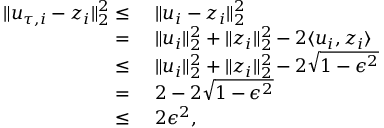
\begin{array} { r l } { \| u _ { \tau , i } - z _ { i } \| _ { 2 } ^ { 2 } \leq } & { ~ \| u _ { i } - z _ { i } \| _ { 2 } ^ { 2 } } \\ { = } & { ~ \| u _ { i } \| _ { 2 } ^ { 2 } + \| z _ { i } \| _ { 2 } ^ { 2 } - 2 \langle u _ { i } , z _ { i } \rangle } \\ { \leq } & { ~ \| u _ { i } \| _ { 2 } ^ { 2 } + \| z _ { i } \| _ { 2 } ^ { 2 } - 2 \sqrt { 1 - \epsilon ^ { 2 } } } \\ { = } & { ~ 2 - 2 \sqrt { 1 - \epsilon ^ { 2 } } } \\ { \leq } & { ~ 2 \epsilon ^ { 2 } , } \end{array}